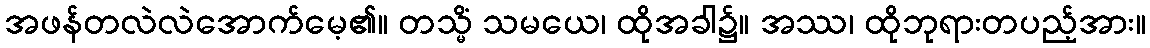
အဖန်တလဲလဲအောက်မေ့၏။ တသ္မိံ သမယေ၊ ထိုအခါ၌။ အဿ၊ ထိုဘုရားတပည့်အား။